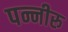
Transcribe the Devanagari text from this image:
पन्नीरु